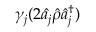
\gamma _ { j } ( 2 \hat { a _ { j } } \hat { \rho } \hat { a } _ { j } ^ { \dagger } )